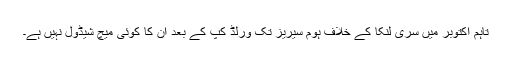
تاہم اکتوبر میں سری لنکا کے خلاف ہوم سیریز تک ورلڈ کپ کے بعد اُن کا کوئی میچ شیڈول نہیں ہے۔